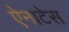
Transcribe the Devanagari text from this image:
ऐनाटेस